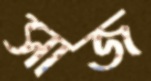
সাজ